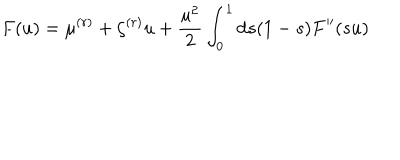
LaTeX: F ( u ) = \mu ^ { ( r ) } + \zeta ^ { ( r ) } u + \frac { u ^ { 2 } } { 2 } \int _ { 0 } ^ { 1 } \mathrm { d } s ( 1 - s ) F ^ { \prime \prime } ( s u )